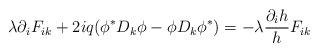
LaTeX: \begin{align*}\lambda \partial_{i} F_{ik} + 2 i q (\phi^{\ast} D_{k}\phi -\phi D_{k}\phi^{\ast}) = - \lambda \frac{\partial_i h}{h}F_{ik}\end{align*}